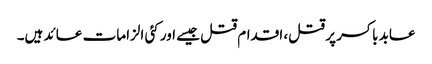
عابد باکسر پر قتل، اقدام قتل جیسے اور کئی الزامات عائد ہیں۔